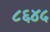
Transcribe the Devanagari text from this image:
८६४५